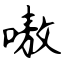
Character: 嗷